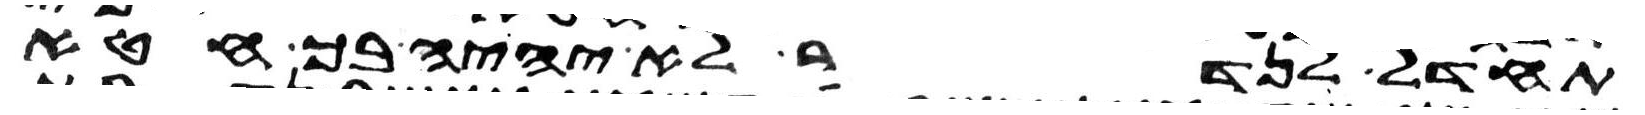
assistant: תחדל לנדר לא יהיה בך חטא